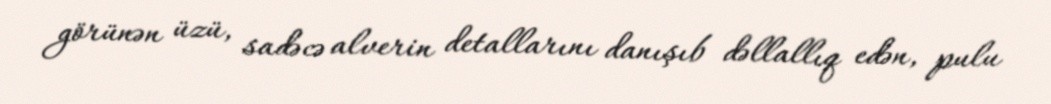
görünən üzü, sadəcə alverin detallarını danışıb dəllallıq edən, pulu